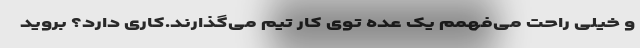
و خیلی راحت می‌فهمم یک عده توی کار تیم می‌گذارند.کاری دارد؟ بروید